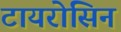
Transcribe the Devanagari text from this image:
टायरोसिन